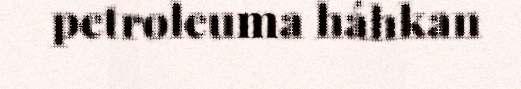
petroleuma háhkan